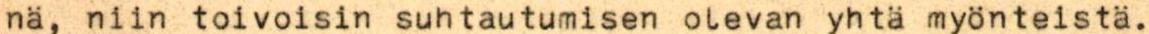
nä, niin toivoisin suhtautumisen olevan yhtä myönteistä.